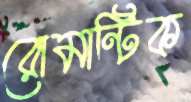
রোমান্টিক